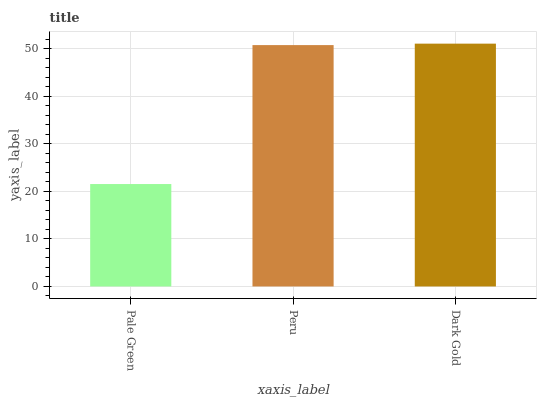
| xaxis_label | bars |
 | --- | --- |
 | Pale Green | 21.6 |
 | Peru | 50.8 |
 | Dark Gold | 51.1 |